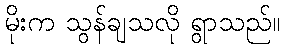
မိုးက သွန်ချသလို ရွာသည်။